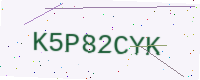
Text: K5P82CYK